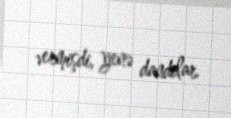
vermişdi, yenə dandılar.